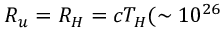
R _ { u } = R _ { H } = c T _ { H } ( \sim 1 0 ^ { 2 6 }